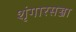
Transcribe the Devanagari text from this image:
शृंगारसज्जा